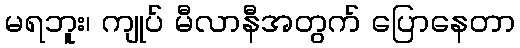
မရဘူး၊ ကျုပ် မီလာနီအတွက် ပြောနေတာ